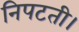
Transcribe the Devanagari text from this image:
निपटती।